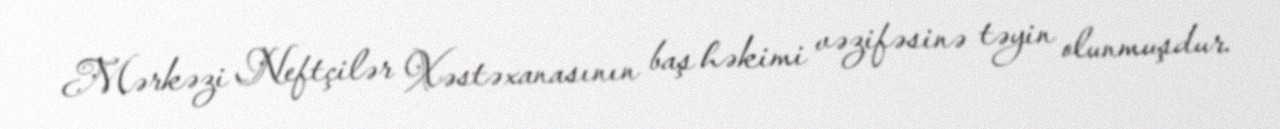
Mərkəzi Neftçilər Xəstəxanasının baş həkimi vəzifəsinə təyin olunmuşdur.